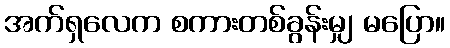
အက်ရှလေက စကားတစ်ခွန်းမျှ မပြော။